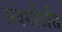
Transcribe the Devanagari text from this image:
संवर्गोऽसि